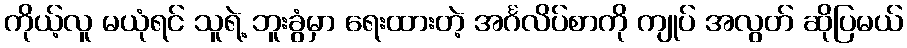
ကိုယ့်လူ မယုံရင် သူရဲ့ ဘူးခွံမှာ ရေးထားတဲ့ အင်္ဂလိပ်စာကို ကျုပ် အလွတ် ဆိုပြမယ်